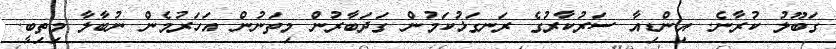
ގަބޫލު ކުރާނެ. އިންޑިއާ ސަރުކާރުގެ ރަނގަޅުކަމުން ގަދަބާރުން މިތަނުން އަހަރުމެން ނުބާލާ މިތިބީ.